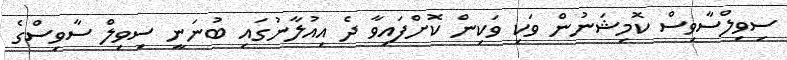
ސިވިލްސާވިސް ކޮމިޝަނުން ވަކި ވަކިން ކޮށްފައިވާ ދެ އިއުލާނުގައި ބުނަނީ ސިވިލް ސާވިސްގެ